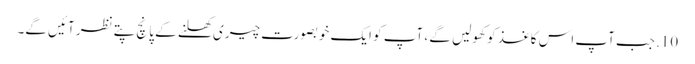
10. جب آپ اس کاغذ کو کھولیں گے ، آپ کو ایک خوبصورت چیری کھلنے کے پانچ پتے نظر آئیں گے۔